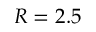
R = 2 . 5